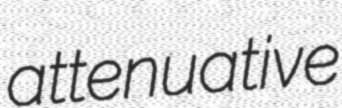
attenuative